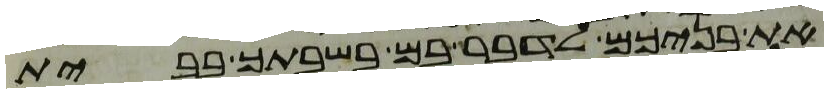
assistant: את בניכם לדבר בם בשבתך בבית